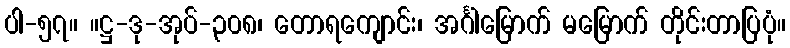
ပါ-၅၇။ ။ဋ္ဌ-ဒု-အုပ်-၃၀၈၊ တောရကျောင်း၊ အင်္ဂါမြောက် မမြောက် တိုင်းတာပြပုံ။